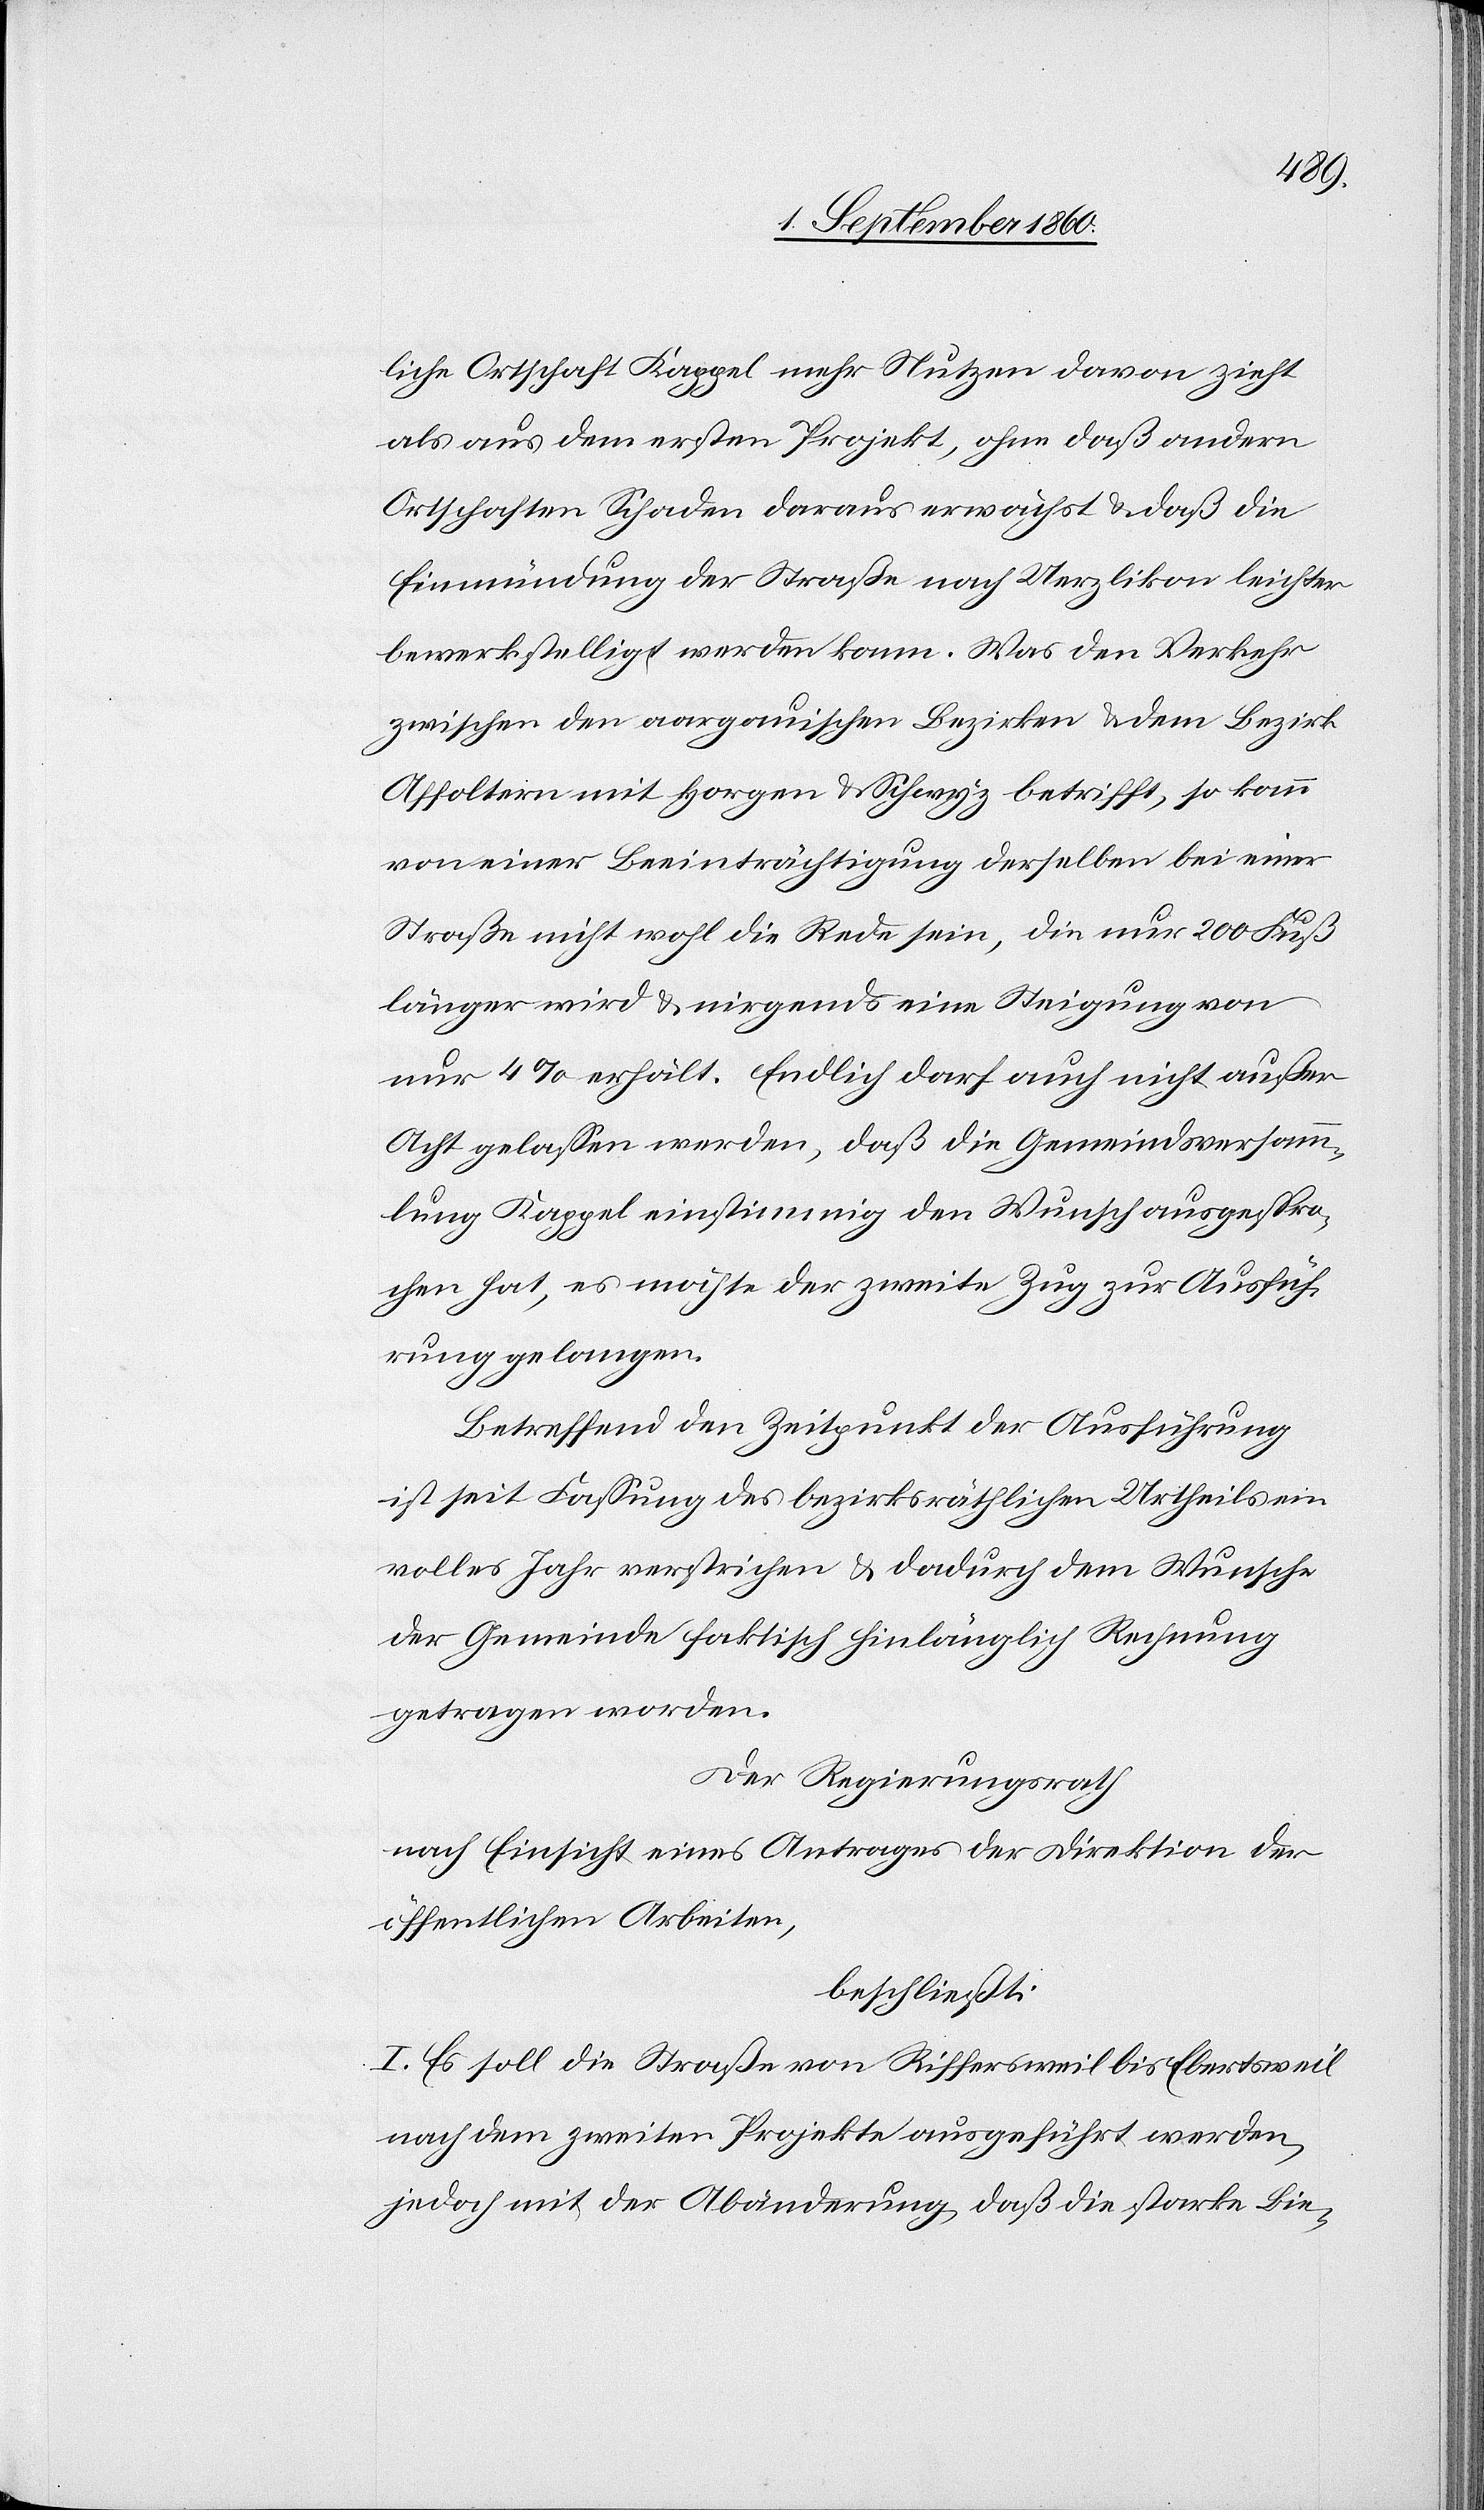
liche Ortschaft Kappel mehr Nutzen davon zieht
als aus dem ersten Projekt, ohne dass andern
Ortschaften Schaden daraus erwächst u. dass die
Einmündung der Strasse nach Uerzlikon leichter
bewerkstelligt werden kann. Was den Verkehr
zwischen den aargauischen Bezirken u. dem Bezirk
Affoltern mit Horgen u. Schwyz betrifft, so kann
von einer Beeinträchtigung derselben bei einer
Strasse nicht wohl die Rede sein, die nur 200 Fuss
länger wird u. nirgends eine Steigung von
nur 4% erhält. Endlich darf auch nicht ausser
Acht gelassen werden, dass die Gemeindsversamm¬
lung Kappel einstimmig den Wunsch ausgespro¬
chen hat, es möchte der zweite Zug zur Ausfüh¬
rung gelangen.
Betreffend den Zeitpunkt der Ausführung
ist seit Fassung des bezirksräthlichen Beschlusses
volles Jahr verstrichen u. dadurch dem Wunsche
der Gemeinde faktisch hinlänglich Rechnung
getragen worden.
Der Regierungsrath,
nach Einsicht eines Antrages der Direktion der
öffentlichen Arbeiten,
beschliesst:
I. Es soll die Strasse von Riffersweil bis Eberstweil
nach dem zweiten Projekte ausgeführt werden,
jedoch mit der Abänderung dass die starke Bie-